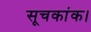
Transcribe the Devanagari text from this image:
सूचकांक।